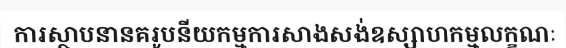
ការស្ថាបនានគរូបនីយកម្មការសាងសង់ឧស្សាហកម្មលក្ខណៈ